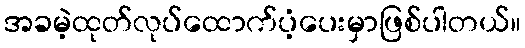
အခမဲ့ထုတ်လုပ်ထောက်ပံ့ပေးမှာဖြစ်ပါတယ်။